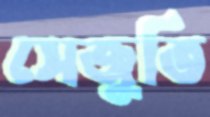
সেজুতি